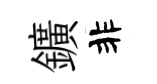
鑛非